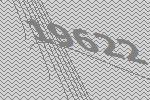
19622